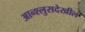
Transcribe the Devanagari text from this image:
आन्श्लुसदेखील